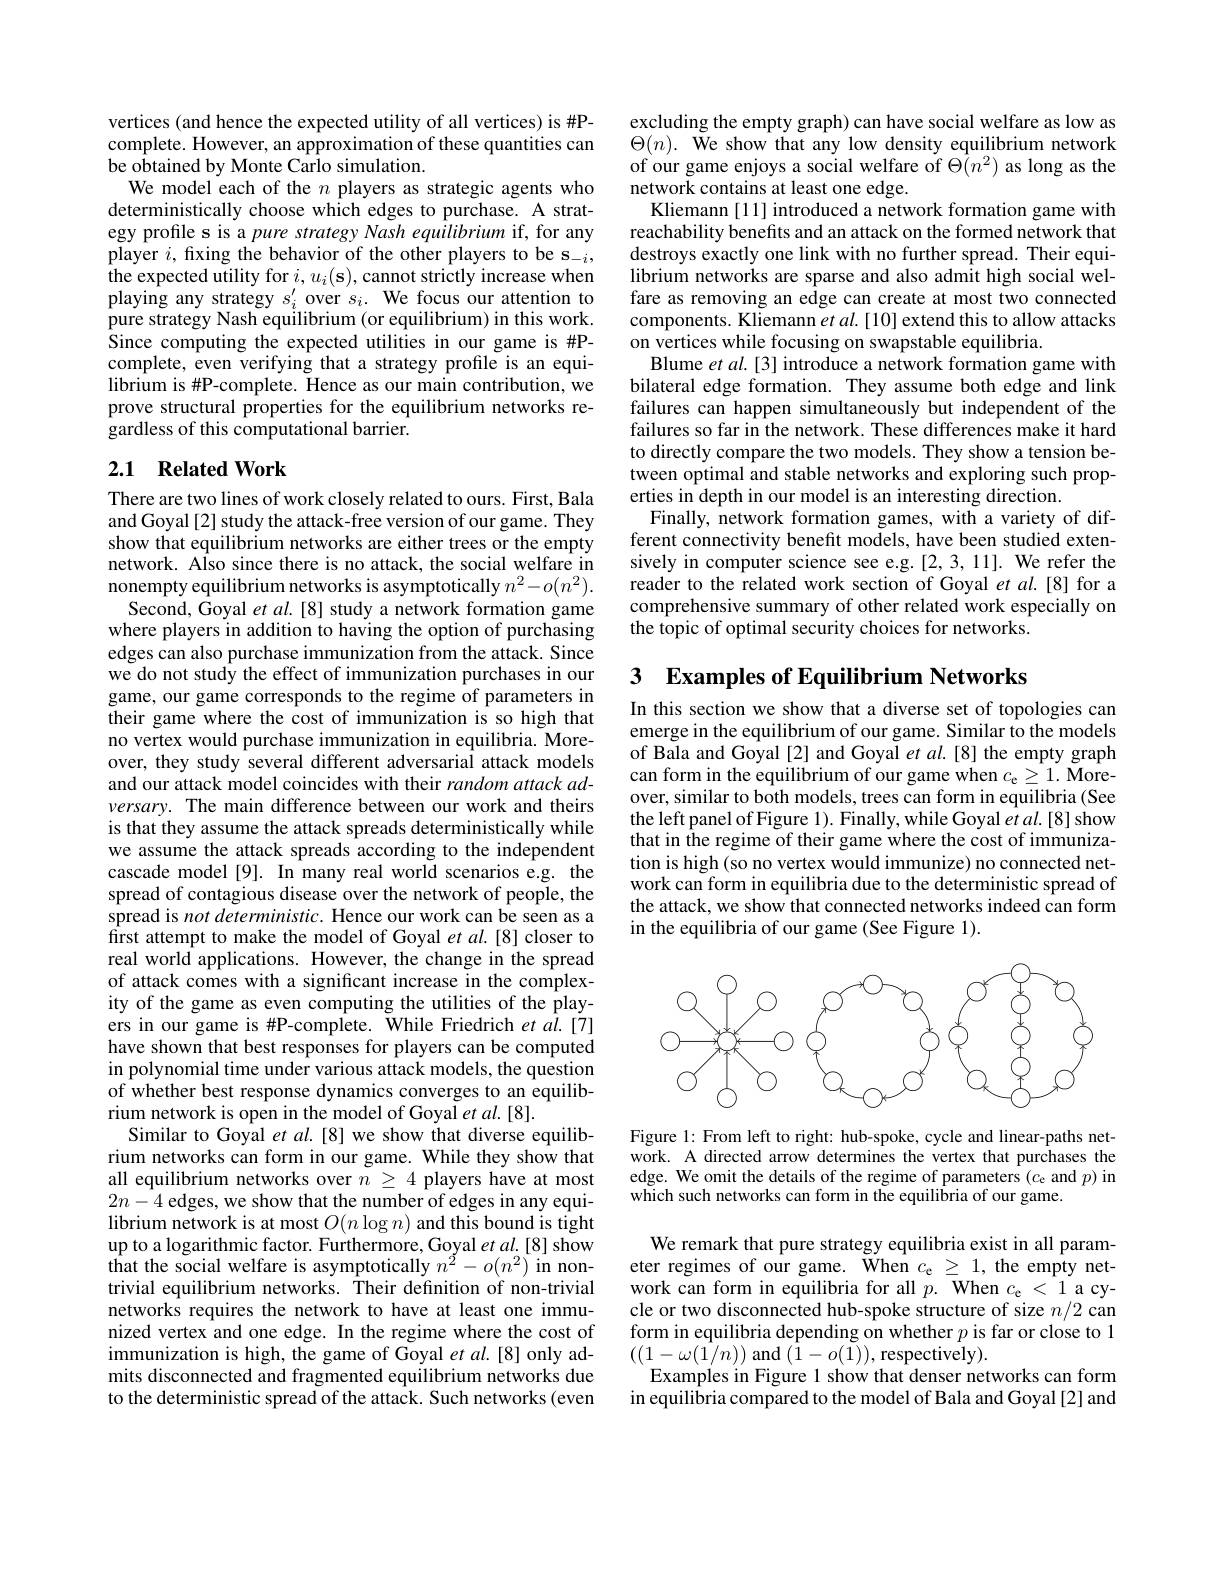
vertices (and hence the expected utility of all vertices) is #P-
complete. However, an approximation of these quantities can $\Theta(n).$ We show that any low density equilibrium network be obtained by Monte Carlo simulation. of our game enjoys a social welfare of $\Theta(n^2)$ as long as the
We model each of the $n$ players as strategic agents who deterministically choose which edges to purchase. A strategy profile s is a pure strategy Nash equilibrium if, for any player $i$,fxing the behavior of the other players to be s$_-i$, the expected utility for $i,u_i(\mathbf{s})$,cannot strictly increase when playing any strategy $s_i^{\prime}$ over $s_i.$ We focus our attention to pure strategy Nash equilibrium (or equilibrium) in this work. Since computing the expected utilities in our game is #Pcomplete, even verifying that a strategy profile is an equilibrium is #P-complete. Hence as our main contribution, we prove structural properties for the equilibrium networks regardless of this computational barrier.

## 2.1 Related Work

There are two lines of work closely related to ours. First, Bala and Goyal [2] study the attack-free version of our game. They show that equilibrium networks are either trees or the empty network. Also since there is no attack, the social welfare in nonempty equilibrium networks is asymptotically $n^2-o(n^2).$
Second, Goyal et al.[8] study a network formation game where players in addition to having the option of purchasing edges can also purchase immunization from the attack. Since we do not study the effect of immunization purchases in our game, our game corresponds to the regime of parameters in their game where the cost of immunization is so high that no vertex would purchase immunization in equilibria. Moreover, they study several different adversarial attack models and our attack model coincides with their random attack adversary. The main difference between our work and theirs is that they assume the attack spreads deterministically while we assume the attack spreads according to the independent cascade model[9]. In many real world scenarios e.g. the spread of contagious disease over the network of people, the spread is not deterministic. Hence our work can be seen as a first attempt to make the model of Goyal et al.[8] closer to real world applications. However, the change in the spread of attack comes with a significant increase in the complexity of the game as even computing the utilities of the players in our game is #P-complete. While Friedrich et ai.[7] have shown that best responses for players can be computed in polynomial time under various attack models, the question of whether best response dynamics converges to an equilibrium network is open in the model of Goyal et al.[8].
Similar to Goyal et al.[8] we show that diverse equilibrium networks can form in our game. While they show that all equilibrium networks over $n\geq4$ players have at most $2n-4$ edges, we show that the number of edges in any equi- $\operatorname*{librium}_{\text{network is at most}}O(n\log n)$ and this bound is tight up to a logarithmic factor. Furthermore, Goyal et al.[8] show that the social welfare is asymptotically $n^{2}-o(n^{2})$ in nontrivial equilibrium networks. Their definition of non-trivial networks requires the network to have at least one immunized vertex and one edge. In the regime where the cost of immunization is high, the game of Goyal et $al.[8]$ only admits disconnected and fragmented equilibrium networks due to the deterministic spread of the attack. Such networks (even

excluding the empty graph) can have social welfare as low as
network contains at least one edge.
Kliemann [1] introduced a network formation game with reachability benefits and an attack on the formed network that destroys exactly one link with no further spread. Their equilibrium networks are sparse and also admit high social welfare as removing an edge can create at most two connected components. Kliemann et al. [10] extend this to allow attacks on vertices while focusing on swapstable equilibria.
Blume $etal.[3]$ introduce a network formation game with bilateral edge formation. They assume both edge and link failures can happen simultaneously but independent of the failures so far in the network. These differences make it hard to directly compare the two models. They show a tension between optimal and stable networks and exploring such properties in depth in our model is an interesting direction.
Finally, network formation games, with a variety of different connectivity benefit models, have been studied extensively in computer science see e.g.[2,3,11]. We refer the reader to the related work section of Goyal et al.[8] for a comprehensive summary of other related work especially on the topic of optimal security choices for networks

# 3 $\textbf{Examples of Equilibrium Networks}$

In this section we show that a diverse set of topologies can emerge in the equilibrium of our game. Similar to the models of Bala and Goyal [2] and Goyal $et$ al.[8] the empty graph can form in the equilibrium of our game when $c_\mathrm{e}\geq1.$ Moreover, similar to both models, trees can form in equilibria (See the left panel of Figure 1). Finally, while Goyal et al. [8] show that in the regime of their game where the cost of immunization is high(so no vertex would immunize) no connected network can form in equilibria due to the deterministic spread of the attack, we show that connected networks indeed can form in the equilibria of our game (See Figure 1).

<FigureHere>

Figure 1: From left to right: hub-spoke, cycle and linear-paths network. A directed arrow determines the vertex that purchases the edge. We omit the details of the regime of parameters $(c_\mathrm{e}$ and $p)$ in which such networks can form in the equilibria of our game.

We remark that pure strategy equilibria exist in all parameter regimes of our game. When $c_{\mathrm{e}}\geq1$, the empty network can form in equilibria for all $p.$ When $c_{\mathrm{e}}<1$ a cycle or two disconnected hub-spoke structure of size $n/2$ can form in equilibria depending on whether $p$ is far or close to 1 $((1-\omega(\tilde{1}/n))$ and$(\tilde{1}-o(\tilde{1}))$,respectively).
Examples in Figure 1 show that denser networks can form in equilibria compared to the model of Bala and Goyal [2] and